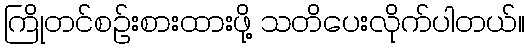
ကြိုတင်စဉ်းစားထားဖို့ သတိပေးလိုက်ပါတယ်။